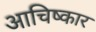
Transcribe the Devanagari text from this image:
आचिष्कार